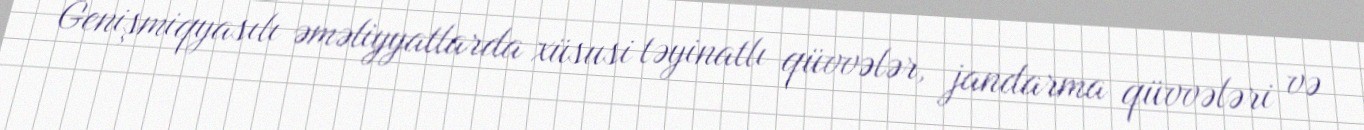
Genişmiqyasılı əməliyyatlarda xüsusi təyinatlı qüvvələr, jandarma qüvvələri və